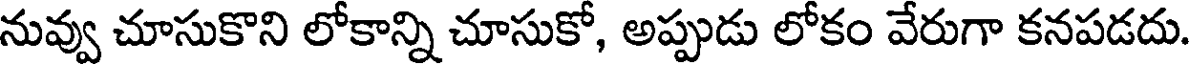
నువ్వు చూసుకొని లోకాన్ని చూసుకో, అప్పుడు లోకం వేరుగా కనపడదు.